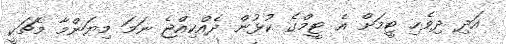
އަދި ދިވެހި ޓީމަށް އެ ޓީމްގެ ކުޅުން ދެއްކިއްޖެ ނަމަ މިޔަންމާ މެޗަކީ